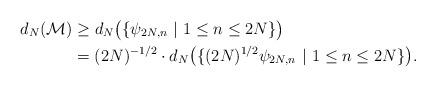
LaTeX: \begin{align*}d_{N}(\mathcal{M}) &\geq d_N\bigl(\{\psi_{2N, n}\ |\ 1 \leq n \leq2N\}\bigr)\\ &= (2N)^{-1/2} \cdot d_N\bigl(\{(2N)^{1/2}\psi_{2N, n}\ |\ 1 \leq n \leq 2N\}\bigr).\end{align*}